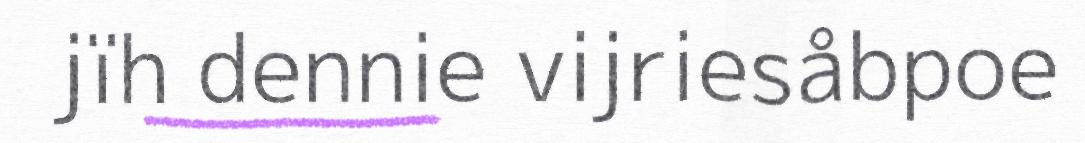
jïh dennie vijriesåbpoe